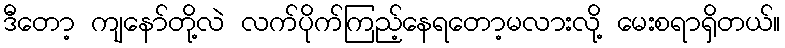
ဒီတော့ ကျနော်တို့လဲ လက်ပိုက်ကြည့်နေရတော့မလားလို့ မေးစရာရှိတယ်။